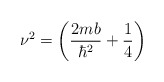
\begin{align*}\nu ^2 = \left( \frac{2mb}{\hbar^2} +\frac{1}{4} \right)\end{align*}